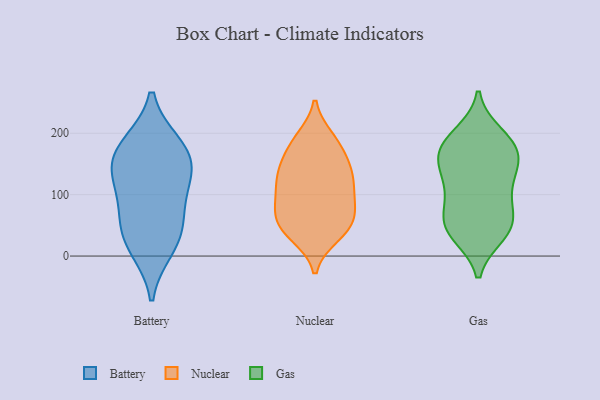
{"axis": {"x": "Active Users", "y": "Value"}, "legend": ["Battery", "Gas", "Nuclear"], "data": [{"x": "", "y": 152, "type": "Battery"}, {"x": "", "y": 129, "type": "Battery"}, {"x": "", "y": 182, "type": "Battery"}, {"x": "", "y": 182, "type": "Battery"}, {"x": "", "y": 12, "type": "Battery"}, {"x": "", "y": 148, "type": "Battery"}, {"x": "", "y": 67, "type": "Battery"}, {"x": "", "y": 54, "type": "Battery"}, {"x": "", "y": 24, "type": "Battery"}, {"x": "", "y": 108, "type": "Battery"}, {"x": "", "y": 93, "type": "Nuclear"}, {"x": "", "y": 123, "type": "Nuclear"}, {"x": "", "y": 76, "type": "Nuclear"}, {"x": "", "y": 192, "type": "Nuclear"}, {"x": "", "y": 140, "type": "Nuclear"}, {"x": "", "y": 190, "type": "Nuclear"}, {"x": "", "y": 44, "type": "Nuclear"}, {"x": "", "y": 72, "type": "Nuclear"}, {"x": "", "y": 36, "type": "Nuclear"}, {"x": "", "y": 161, "type": "Nuclear"}, {"x": "", "y": 154, "type": "Nuclear"}, {"x": "", "y": 49, "type": "Nuclear"}, {"x": "", "y": 132, "type": "Nuclear"}, {"x": "", "y": 183, "type": "Nuclear"}, {"x": "", "y": 33, "type": "Nuclear"}, {"x": "", "y": 127, "type": "Nuclear"}, {"x": "", "y": 51, "type": "Nuclear"}, {"x": "", "y": 116, "type": "Nuclear"}, {"x": "", "y": 95, "type": "Nuclear"}, {"x": "", "y": 74, "type": "Nuclear"}, {"x": "", "y": 150, "type": "Gas"}, {"x": "", "y": 186, "type": "Gas"}, {"x": "", "y": 72, "type": "Gas"}, {"x": "", "y": 50, "type": "Gas"}, {"x": "", "y": 35, "type": "Gas"}, {"x": "", "y": 46, "type": "Gas"}, {"x": "", "y": 175, "type": "Gas"}, {"x": "", "y": 143, "type": "Gas"}, {"x": "", "y": 103, "type": "Gas"}, {"x": "", "y": 55, "type": "Gas"}, {"x": "", "y": 187, "type": "Gas"}, {"x": "", "y": 98, "type": "Gas"}, {"x": "", "y": 165, "type": "Gas"}, {"x": "", "y": 154, "type": "Gas"}, {"x": "", "y": 37, "type": "Gas"}, {"x": "", "y": 198, "type": "Gas"}, {"x": "", "y": 120, "type": "Gas"}]}